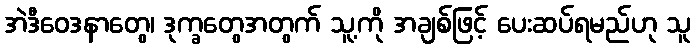
အဲဒီဝေဒနာတွေ၊ ဒုက္ခတွေအတွက် သူ့ကို အချစ်ဖြင့် ပေးဆပ်ရမည်ဟု သူ